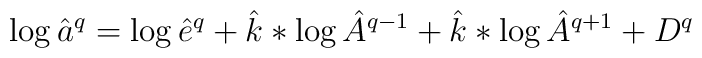
\log \hat{a}^q=\log \hat{e}^q+\hat{k}*\log \hat{A}^{q-1}+\hat{k}*\log \hat{A}^{q+1}+D^q